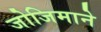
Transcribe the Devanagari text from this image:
जोजिमाने